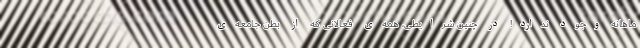
ماهانه وجود ندارد! در چنین شرایطی، همه‌ی فعالانی که از بطن جامعه‌ی